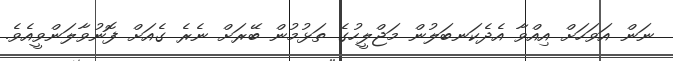
ނަން އަވަހަށް އިއްވާ އެދެކަނބަލުން މަޖްލީހުގެ ތަޅުމުން ބޭރަށް ނެރެ ގެއަށް ފޮނުވާލަންވީއެވެ.